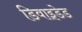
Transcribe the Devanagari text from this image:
डिवाइडेड